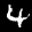
Label: 4